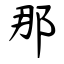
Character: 那